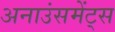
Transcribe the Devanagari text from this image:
अनाउंसमेंट्स